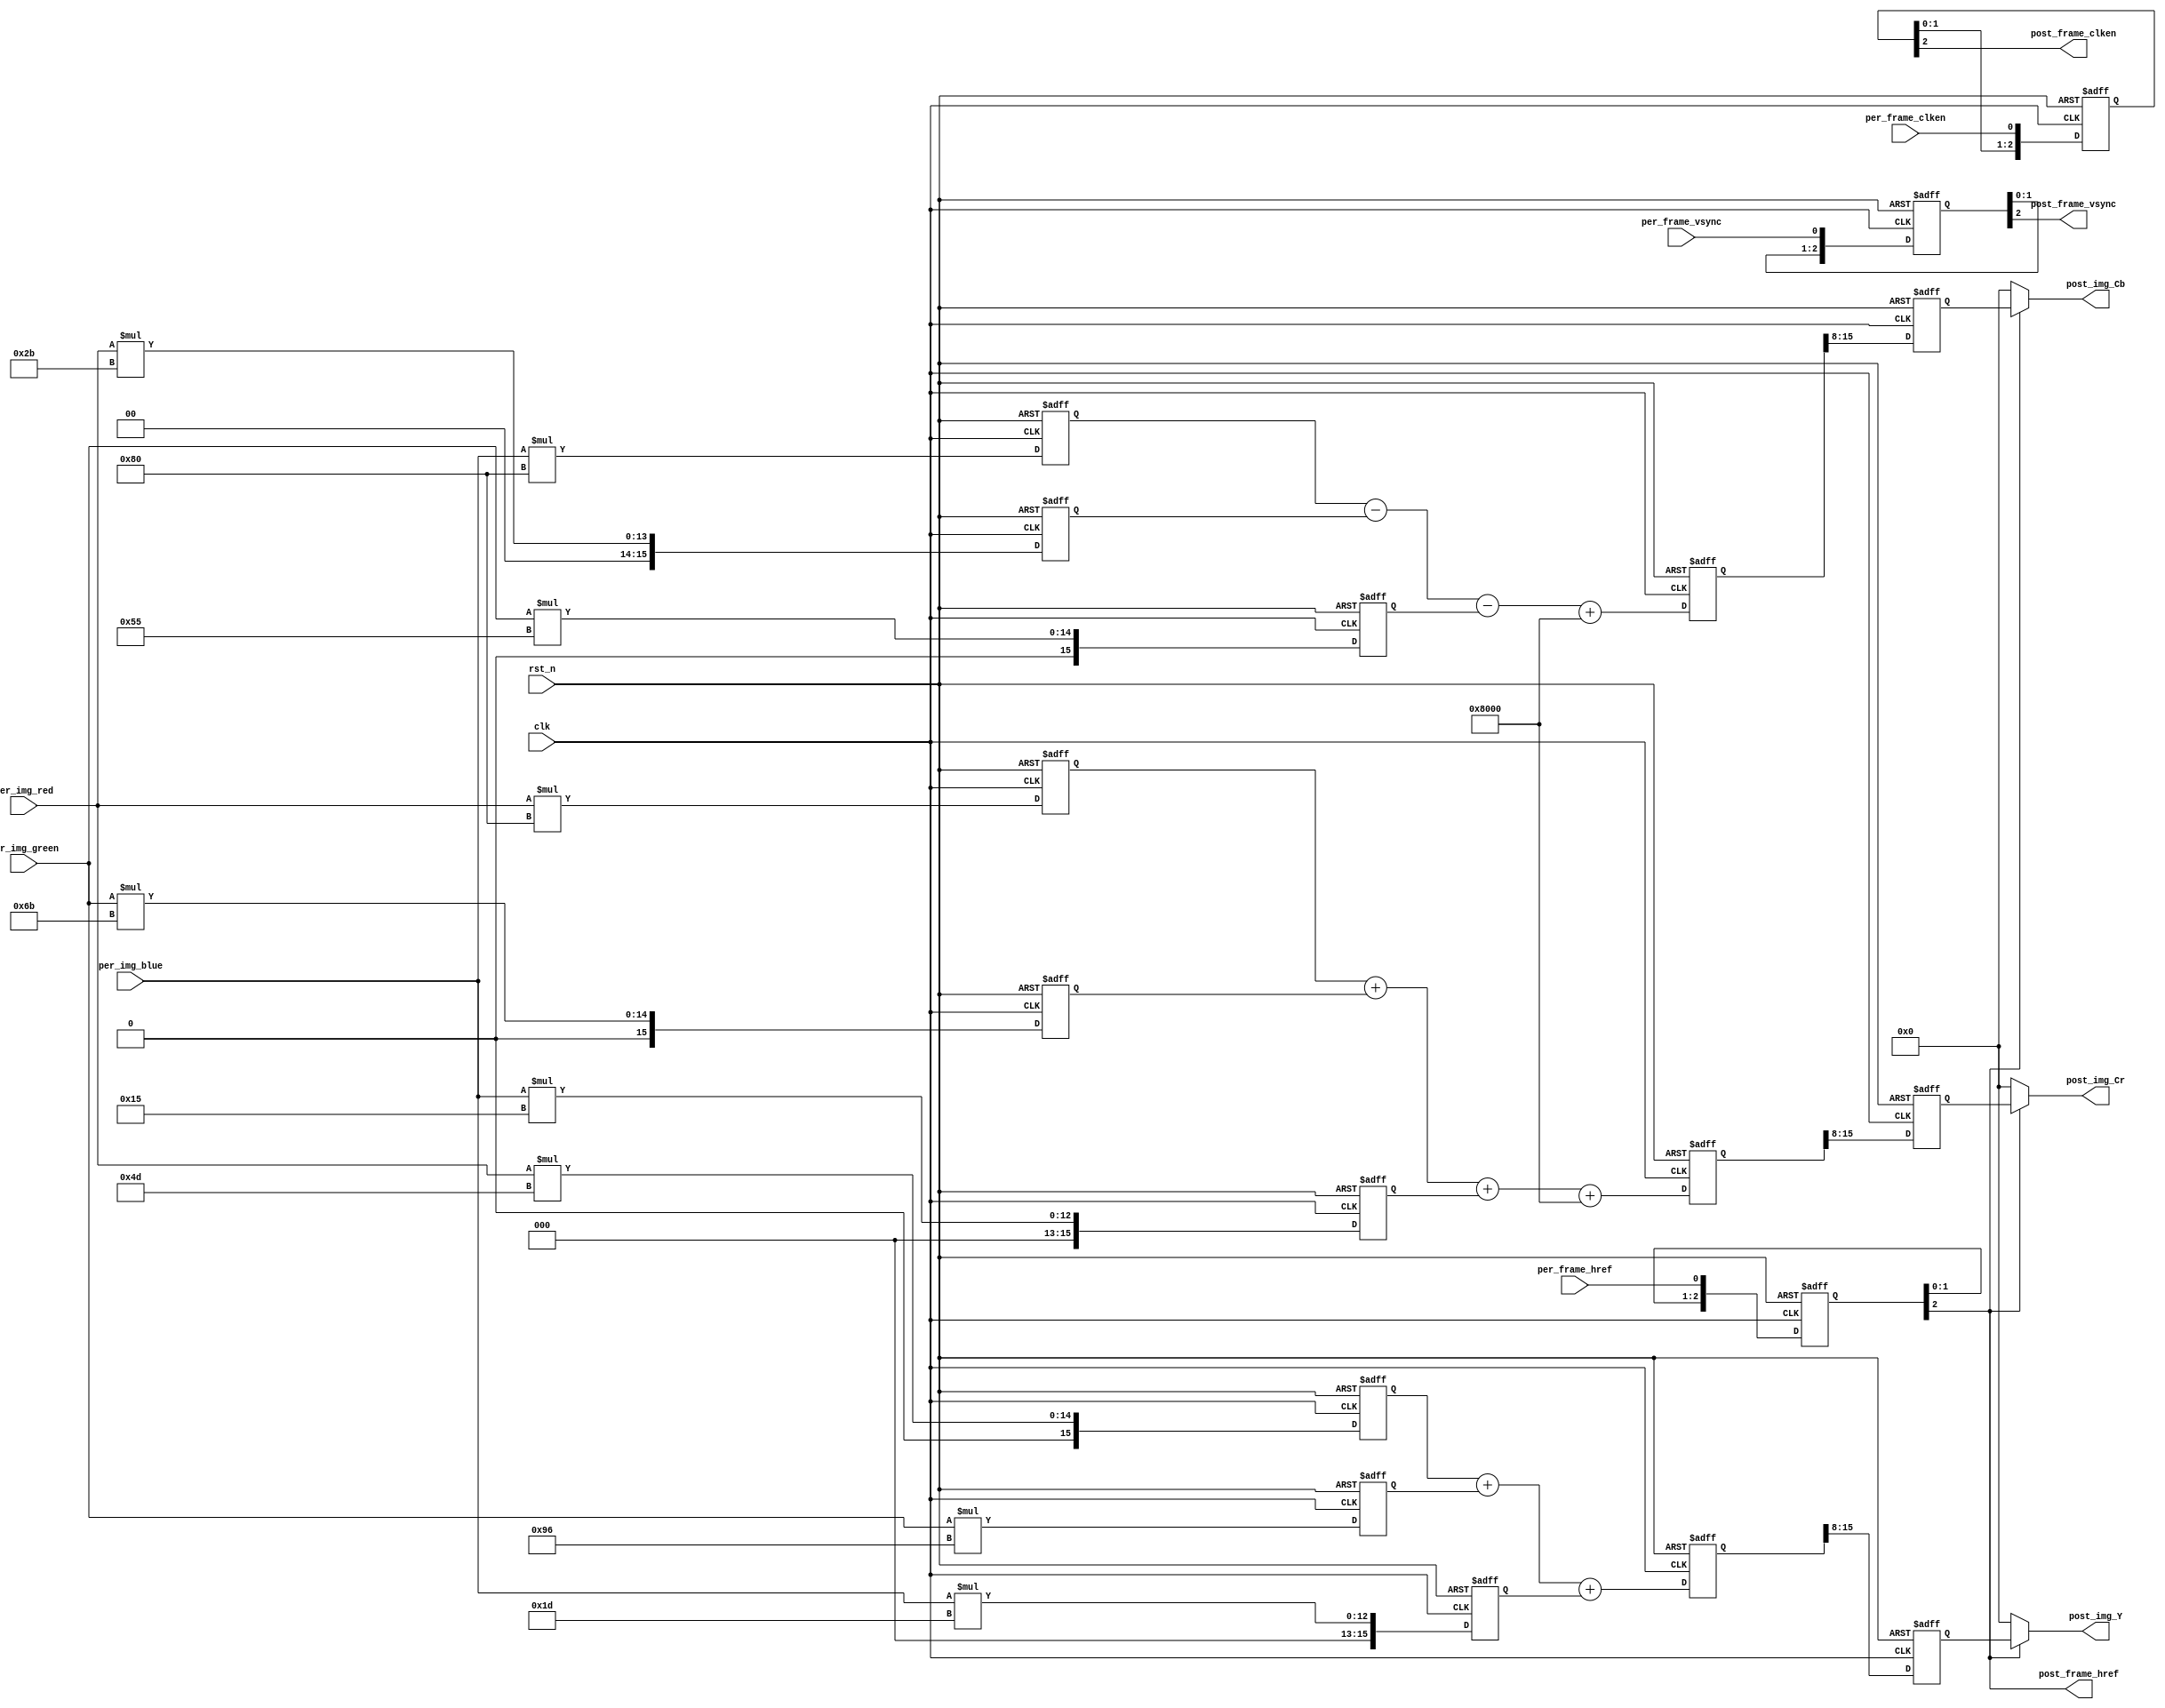
/*-----------------------------------------------------------------------
								 \\\|///
							   \\  - -  //
								(  @ @  )
+-----------------------------oOOo-(_)-oOOo-----------------------------+
CONFIDENTIAL IN CONFIDENCE
This confidential and proprietary software may be only used as authorized
by a licensing agreement from CrazyBingo (Thereturnofbingo).
In the event of publication, the following notice is applicable:
Copyright (C) 2011-20xx CrazyBingo Corporation
The entire notice above must be reproduced on all authorized copies.
Author				:		CrazyBingo
Technology blogs 	: 		www.crazyfpga.com
Email Address 		: 		crazyfpga@vip.qq.com
Filename			:		VIP_Sobel_Edge_Detector.v
Date				:		2013-05-26
Description			:		Convert the RGB888 format to YCbCr444 format.
Modification History	:
Date			By			Version			Change Description
=========================================================================
13/05/26		CrazyBingo	1.0				Original
14/03/16		CrazyBingo	2.0				Modification
-------------------------------------------------------------------------
|                                     Oooo								|
+-------------------------------oooO--(   )-----------------------------+
                               (   )   ) /
                                \ (   (_/
                                 \_)
-----------------------------------------------------------------------*/ 

`timescale 1ns/1ns
module VIP_RGB888_YCbCr444
(
	//global clock
	input				clk,  				//cmos video pixel clock
	input				rst_n,				//global reset

	//Image data prepred to be processd
	input				per_frame_vsync,	//Prepared Image data vsync valid signal
	input				per_frame_href,		//Prepared Image data href vaild  signal
	input				per_frame_clken,	//Prepared Image data output/capture enable clock	
	input		[7:0]	per_img_red,		//Prepared Image red data to be processed
	input		[7:0]	per_img_green,		//Prepared Image green data to be processed
	input		[7:0]	per_img_blue,		//Prepared Image blue data to be processed
	
	//Image data has been processd
	output				post_frame_vsync,	//Processed Image data vsync valid signal
	output				post_frame_href,	//Processed Image data href vaild  signal
	output				post_frame_clken,	//Processed Image data output/capture enable clock	
	output		[7:0]	post_img_Y,			//Processed Image brightness output
	output		[7:0]	post_img_Cb,		//Processed Image blue shading output
	output		[7:0]	post_img_Cr			//Processed Image red shading output
);

//--------------------------------------------
/*********************************************
//Refer to <OV7725 Camera Module Software Applicaton Note> page 5
	Y 	=	(77 *R 	+ 	150*G 	+ 	29 *B)>>8
	Cb 	=	(-43*R	- 	85 *G	+ 	128*B)>>8 + 128
	Cr 	=	(128*R 	-	107*G  	-	21 *B)>>8 + 128
--->
	Y 	=	(77 *R 	+ 	150*G 	+ 	29 *B)>>8
	Cb 	=	(-43*R	- 	85 *G	+ 	128*B + 32768)>>8
	Cr 	=	(128*R 	-	107*G  	-	21 *B + 32768)>>8
**********************************************/
//Step 1
reg	[15:0]	img_red_r0,		img_red_r1,		img_red_r2;	
reg	[15:0]	img_green_r0,	img_green_r1,	img_green_r2; 
reg	[15:0]	img_blue_r0,	img_blue_r1,	img_blue_r2; 
always@(posedge clk or negedge rst_n)
begin
	if(!rst_n)
		begin
		img_red_r0		<=	0; 		
		img_red_r1		<=	0; 		
		img_red_r2		<=	0; 	
		img_green_r0	<=	0; 		
		img_green_r1	<=	0; 		
		img_green_r2	<=	0; 	
		img_blue_r0		<=	0; 		
		img_blue_r1		<=	0; 		
		img_blue_r2		<=	0; 			
		end
	else
		begin
		img_red_r0		<=	per_img_red 	* 	8'd77; 		
		img_red_r1		<=	per_img_red 	* 	8'd43; 	
		img_red_r2		<=	per_img_red 	* 	8'd128; 		
		img_green_r0	<=	per_img_green 	* 	8'd150; 		
		img_green_r1	<=	per_img_green 	* 	8'd85; 			
		img_green_r2	<=	per_img_green 	* 	8'd107; 
		img_blue_r0		<=	per_img_blue 	* 	8'd29; 		
		img_blue_r1		<=	per_img_blue 	* 	8'd128; 			
		img_blue_r2		<=	per_img_blue 	* 	8'd21; 		
		end
end

//--------------------------------------------------
//Step 2
reg	[15:0]	img_Y_r0;	
reg	[15:0]	img_Cb_r0; 
reg	[15:0]	img_Cr_r0; 
always@(posedge clk or negedge rst_n)
begin
	if(!rst_n)
		begin
		img_Y_r0	<=	0; 		
		img_Cb_r0	<=	0; 		
		img_Cr_r0	<=	0; 	
		end
	else
		begin
		img_Y_r0	<=	img_red_r0 	+ 	img_green_r0 	+ 	img_blue_r0; 		
		img_Cb_r0	<=	img_blue_r1 - 	img_red_r1 		- 	img_green_r1	+	16'd32768; 		
		img_Cr_r0	<=	img_red_r2 	+ 	img_green_r2 	+ 	img_blue_r2		+	16'd32768; 		
		end
end

//--------------------------------------------------
//Step 3
reg	[7:0]	img_Y_r1;	
reg	[7:0]	img_Cb_r1; 
reg	[7:0]	img_Cr_r1; 
always@(posedge clk or negedge rst_n)
begin
	if(!rst_n)
		begin
		img_Y_r1	<=	0; 		
		img_Cb_r1	<=	0; 		
		img_Cr_r1	<=	0; 	
		end
	else
		begin
		img_Y_r1	<=	img_Y_r0[15:8];
		img_Cb_r1	<=	img_Cb_r0[15:8];
		img_Cr_r1	<=	img_Cr_r0[15:8]; 
		end
end



//------------------------------------------
//lag 3 clocks signal sync  
reg	[2:0]	per_frame_vsync_r;
reg	[2:0]	per_frame_href_r;	
reg	[2:0]	per_frame_clken_r;
always@(posedge clk or negedge rst_n)
begin
	if(!rst_n)
		begin
		per_frame_vsync_r <= 0;
		per_frame_href_r <= 0;
		per_frame_clken_r <= 0;
		end
	else
		begin
		per_frame_vsync_r 	<= 	{per_frame_vsync_r[1:0], 	per_frame_vsync};
		per_frame_href_r 	<= 	{per_frame_href_r[1:0], 	per_frame_href};
		per_frame_clken_r 	<= 	{per_frame_clken_r[1:0], 	per_frame_clken};
		end
end
assign	post_frame_vsync 	= 	per_frame_vsync_r[2];
assign	post_frame_href 	= 	per_frame_href_r[2];
assign	post_frame_clken 	= 	per_frame_clken_r[2];
assign	post_img_Y 	= 	post_frame_href ? img_Y_r1 : 8'd0;
assign	post_img_Cb =	post_frame_href ? img_Cb_r1: 8'd0;
assign	post_img_Cr = 	post_frame_href ? img_Cr_r1: 8'd0;
endmodule